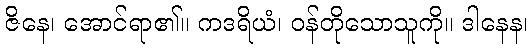
ဇိနေ၊ အောင်ရာ၏။ ကဒရိယံ၊ ဝန်တိုသောသူကို။ ဒါနေန၊